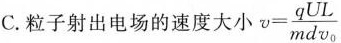
C.粒子射出电场的速度大小$$\nu= \frac{qUL}{md\nu_{0}}$$